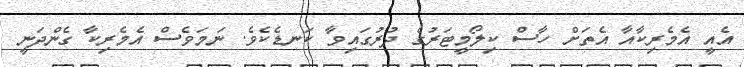
އެއީ އެމެރިކާއާ އެތަށް ހާސް ކިލޯމީޓަރުގެ ދުރުގައިވާ ކަނޑެކެވެ. ނަމަވެސް އެމެރިކާ ގެންދަނީ